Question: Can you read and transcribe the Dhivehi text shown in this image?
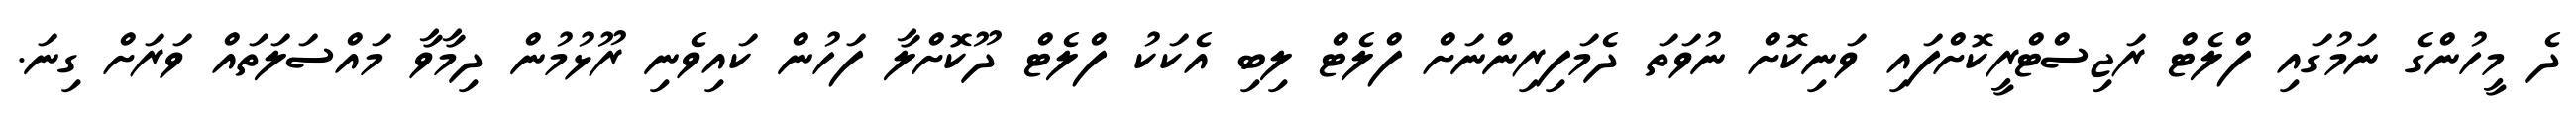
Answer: ދެ މީހުންގެ ނަމުގައި ފްލެޓް ރަޖިސްޓްރީކޮށްފައި ވަނިކޮށް ނުވަތަ ދެމަފިރިންނަށް ފްލެޓް ލިބި އެކަކު ފްލެޓް ދޫކޮށްލާ ފަހުން ކައިވެނި ރޫޅުމުން ދިމާވާ މައްސަލަތައް ވަރަށް ގިނަ.